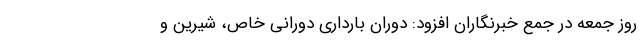
روز جمعه در جمع خبرنگاران افزود: دوران بارداری دورانی خاص، شیرین و